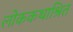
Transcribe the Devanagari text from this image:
लोककथाश्रित